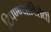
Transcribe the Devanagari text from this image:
टिपण्ण्याविरोधी